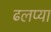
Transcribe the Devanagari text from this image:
ढलप्या